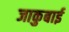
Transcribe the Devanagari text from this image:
जाकुबाई